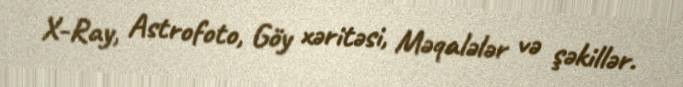
X-Ray, Astrofoto, Göy xəritəsi, Məqalələr və şəkillər.